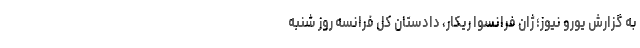
به گزارش یورو نیوز؛ ژان فرانسوا ریکار، دادستان کل فرانسه روز شنبه